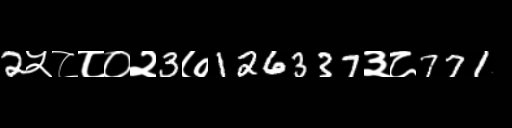
Text: 2५८८०२3७126337३८771